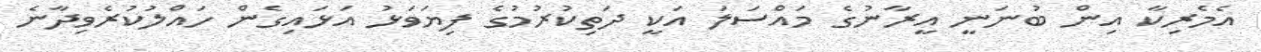
އެމެރިކާ އިން ބުނަނީ އީރާނުގެ މައްސަލަ އަކީ ދަތިކުރުމުގެ ފިޔަވަޅު އަޅައިގެން ހައްލުކުރެވިދާނެ